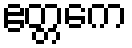
ဧတ္တကေ